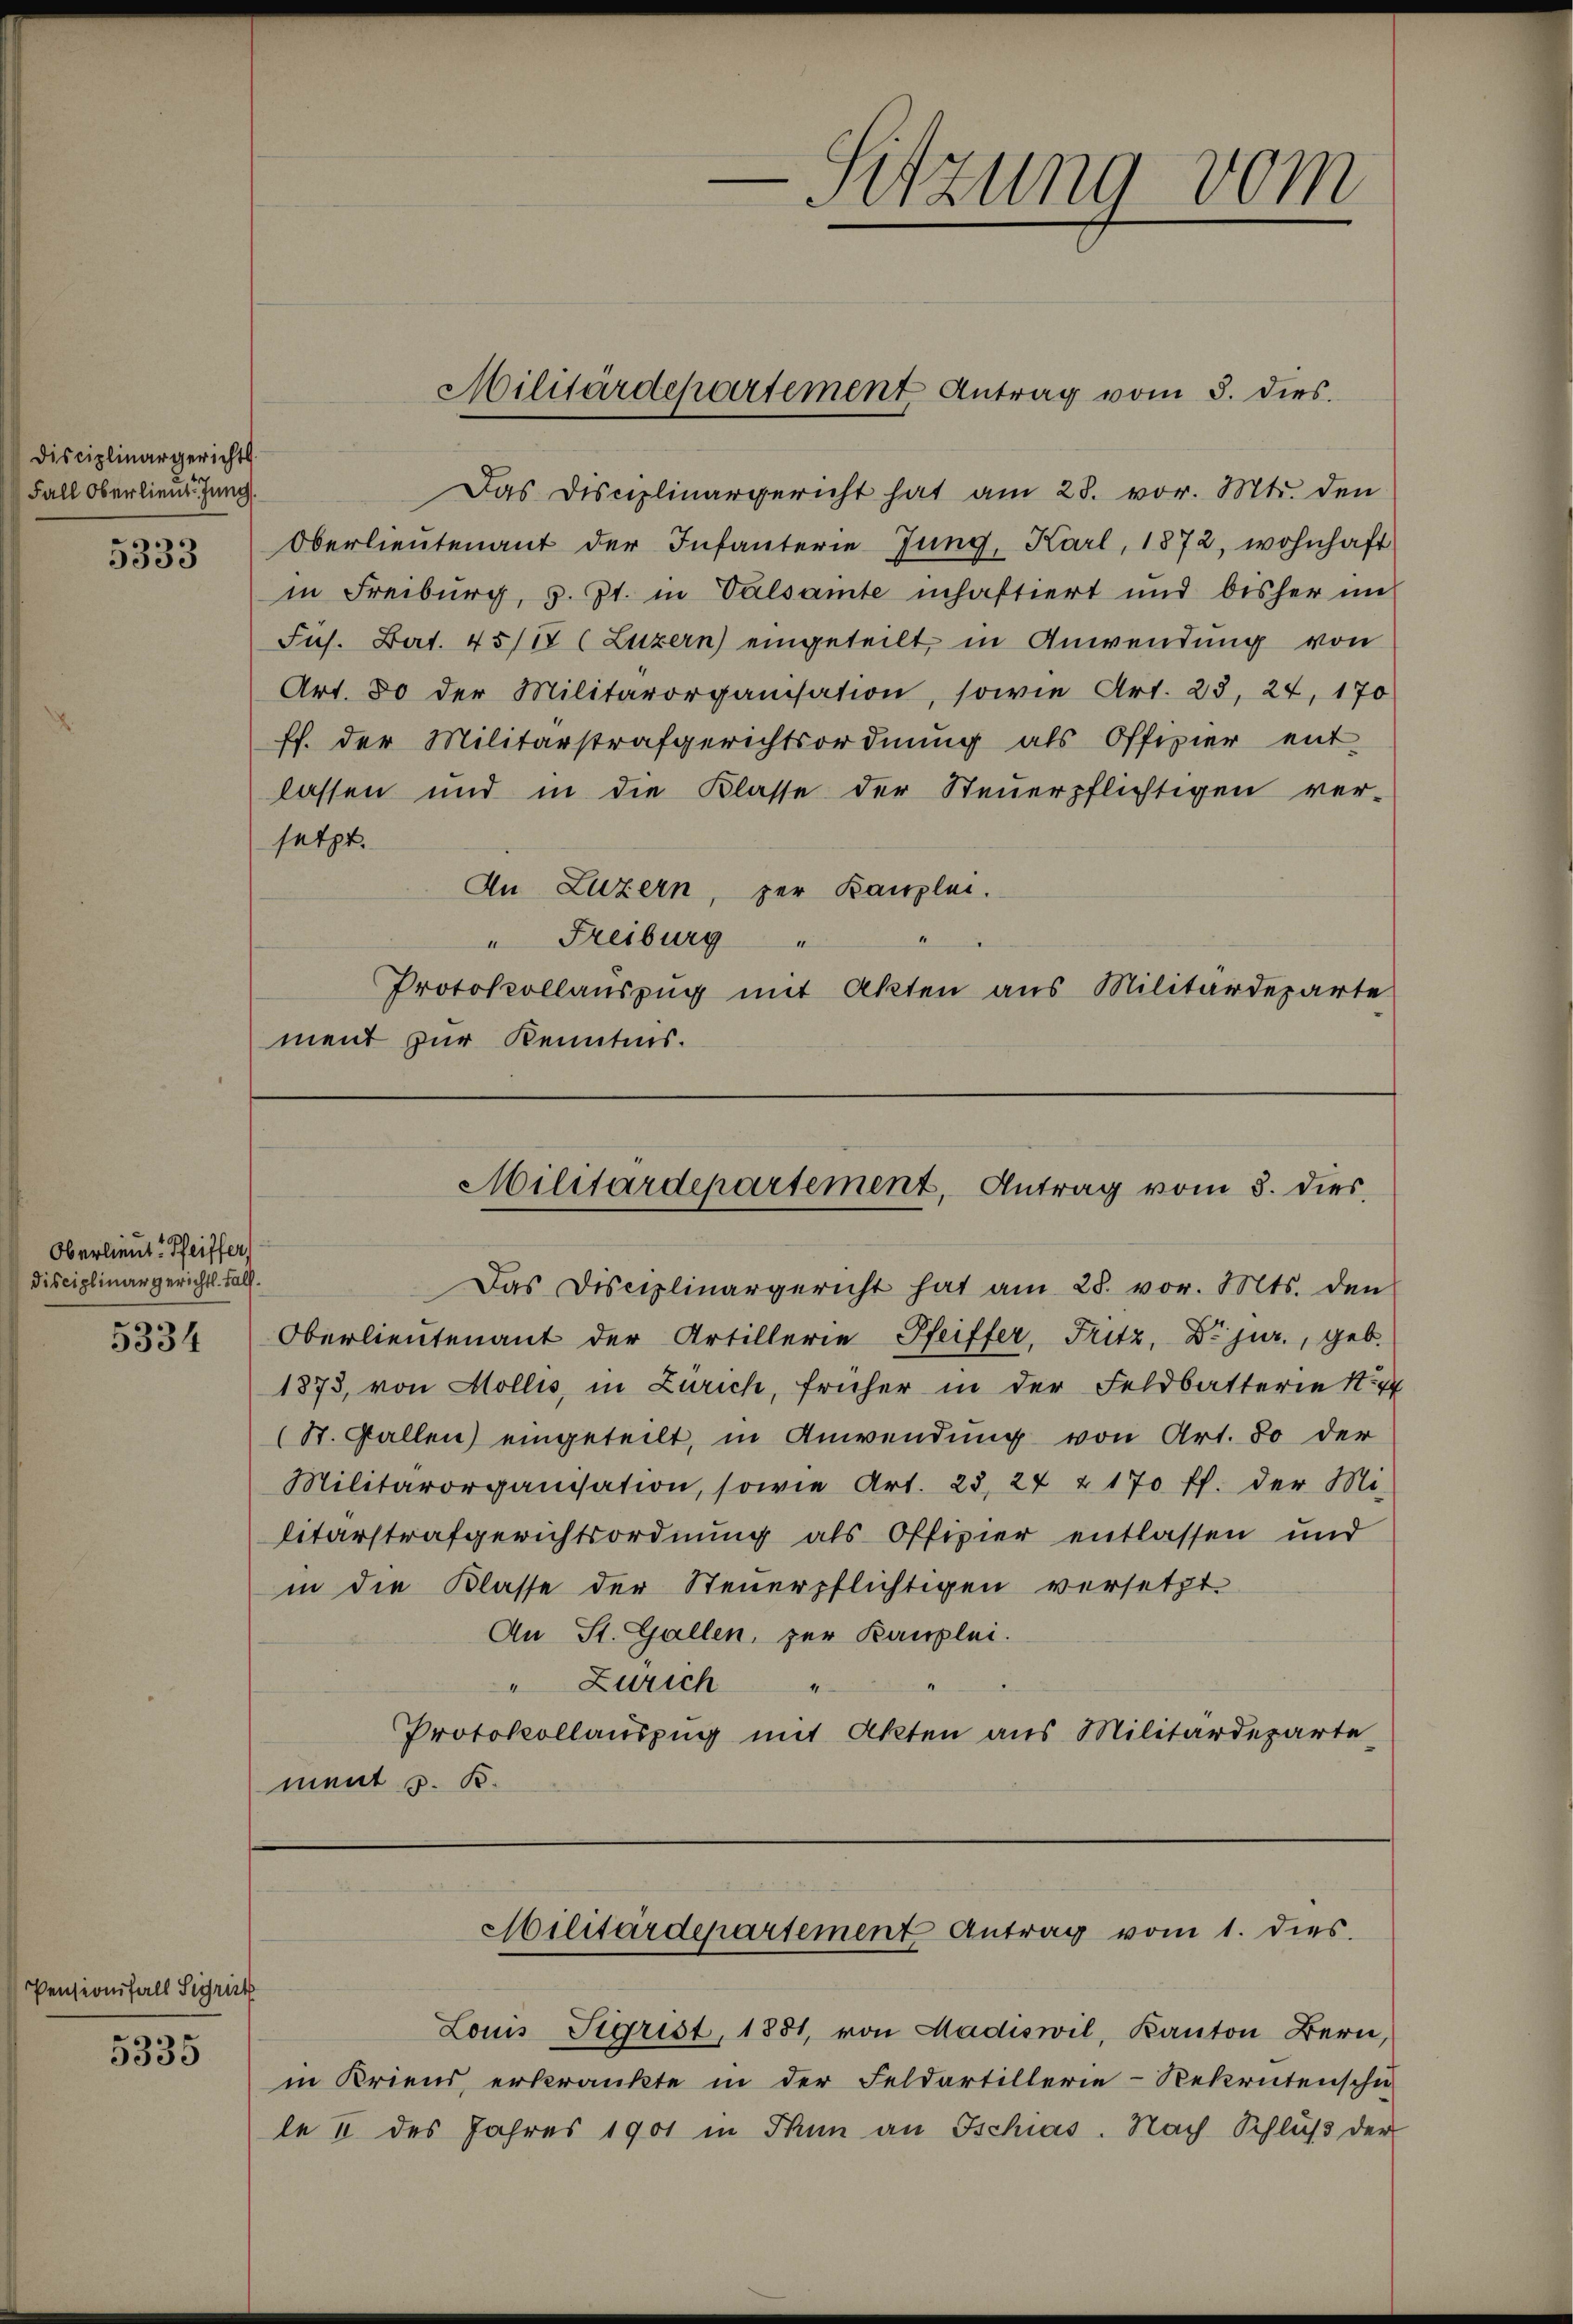
Disciplinargerichts
Fall Oberlieut. Jung
5333

Oberlieut. Pfeiffer,
Disciplinargerichts. Fall.
5334

Pensionifall Sigrist
5335

Das Disciplinargericht hat am 28. vor. Mts. den
Oberlieutenant der Infanterie Jung, Karl, 1872, wohnhaft
in Freiburg, z. Zt. in Valsamte inhaftiert und bisher im
Jus. Bart. 45/17 (Luzern) eingeteilt, in Anwendung von
Art. 80 der Militärorganisation, sowie Art. 23, 24, 170
ff. der Militärstrafgerichtsordnung als Offizier ent-
lassen und in die Klasse der Steuerpflichtigen ver-
setzt.
An Luzern, der Kanzlei.
" Freiburg
1
Protokollauszug mit Akten aus Militärdeparte
ment zur Kenntnis.

Militärdepartement Antrag vom 3. dies

-Sitzung vom

Militärdepartement, Antrag vom 8. dies

Das Disciplinargericht hat am 28. vor. Mts. den
Oberlieutenant der Artillerie Pfeiffer, Fritz, Dr. jur., geb.
1873, von Mollis, in Zürich, früher in der Feldbatterie St
(St. Gallen) eingeteilt, in Anwendung von Art. 80 der
Militärorganisation, sowie Art. 25, 24 & 170 ff. der Mi-
litärstrafgerichtsordnung als Offizier entlassen und
in die Klasse der Steuerpflichtigen versetzt.
An St. Gallen, zur Kanzlei.
" Zürich
4
Protokollauszug mit Akten aus Militärdeparte
ment z. B.

Militärdepartement Antrag vom 1. dies.

Louis Sigrist, 1881, von Madiswil, Kanton Bern,
in Kriend erkränkte in der Feldartillerie-Rekrutenschu
le II des Jahres 1901 in Thun an Tschias. Nach Schluß der